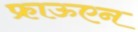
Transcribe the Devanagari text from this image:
फ्राऊएन